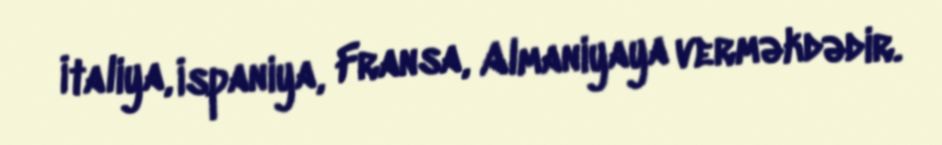
İtaliya, İspaniya, Fransa, Almaniyaya verməkdədir.